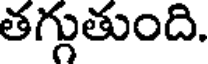
తగ్గుతుంది.